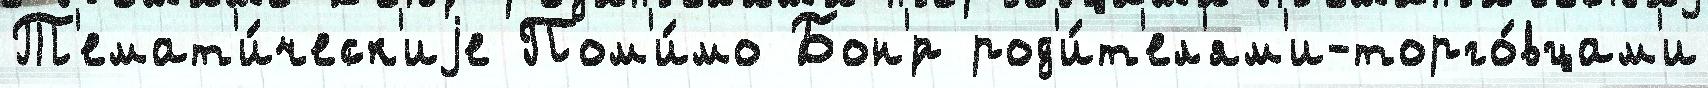
Т'емат'и́ческ'иjе Пом'и́мо Бон'́р род'и́т'ел'ям'и-торго́вцам'и